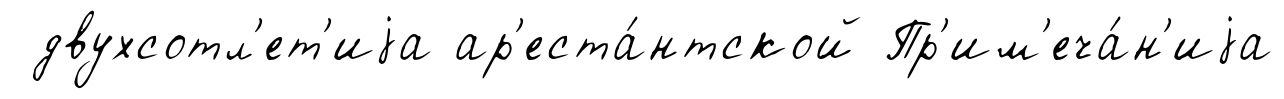
двухсотл'ет'иjа ар'еста́нтской Пр'им'еча́н'иjа